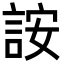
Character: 𬢨